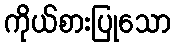
ကိုယ်စားပြုသော